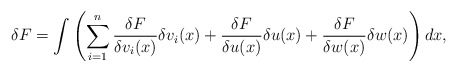
\begin{align*}\delta F = \int \left( \sum_{i=1}^n \frac{\delta F}{\delta v_i(x)}\delta v_i(x) + \frac{\delta F}{\delta u(x)}\delta u(x) +\frac{\delta F}{\delta w(x)}\delta w(x) \right) dx, \end{align*}